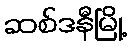
ဆစ်ဒနီမြို့